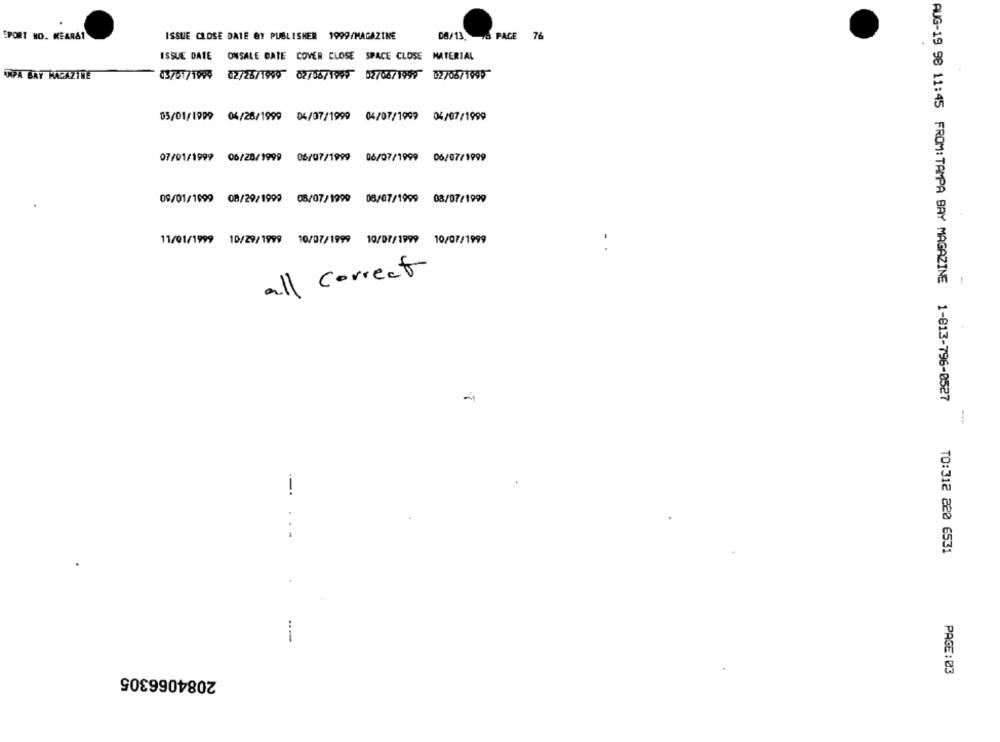
SPORT NO. KEAR&1
ISSUE CLOSE DATE GY PUBLISHER 1999/MAGAZINE
08/13 /8 PACE 76
ISSUE DATE ONSALE DATE COVER CLOSE SPACE CLOSE MATERIAL
ANPA BAY MAGAZINE
01/01/1994 02/25/1999 02/06/1997 02/08/1997 02/08/1995
05/01/1999 04/26/1999 04/07/1999 04/07/1999 04/07/1999
07/01/1999 06/28/1999 06/07/1999 06/07/1999 06/07/1999
09/01/1999 08/29/1999
08/07/1999 08/07/1999 08/07/1999
11/01/1999
10/29/1999 10/07/1999 10/07/1999 10/07/1999
-
all correct
AUG-19 98 11:45 FROM:TAMPA BAY MAGAZINE 1-813-796-0527
-.
TO:312 220 6531
2084066305
PAGE:03